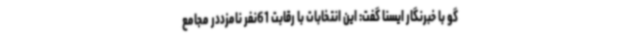
گو با خبرنگار ایسنا گفت: این انتخابات با رقابت 61نفر نامزددر مجامع